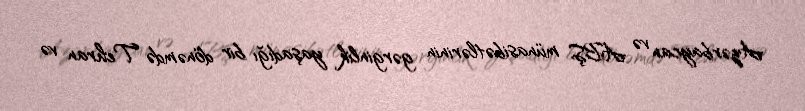
Azərbaycan və ABŞ münasibətlərinin gərginlik yaşadığı bir dönəmdə Tehran və